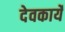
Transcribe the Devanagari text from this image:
देवकार्ये